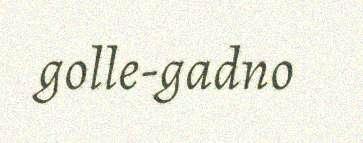
golle-gadno